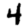
Digit: 4